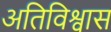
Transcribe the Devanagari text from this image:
अतिविश्वास